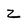
Character: z